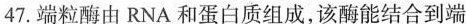
47.端粒酶由RNA和蛋白质组成，该酶能结合到端